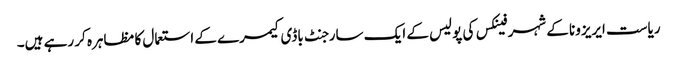
ریاست ایریزونا کے شہر فینکس کی پولیس کے ایک سارجنٹ باڈی کیمرے کے استعمال کا مظاہرہ کر رہے ہیں۔